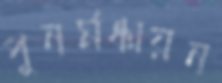
পুনর্মঞ্চায়ন